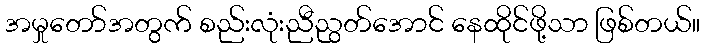
အမှုတော်အတွက် စည်းလုံးညီညွတ်အောင် နေထိုင်ဖို့သာ ဖြစ်တယ်။